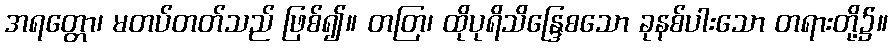
အရတ္တော၊ မတပ်တတ်သည် ဖြစ်၍။ တတြ၊ ထိုပုရိသိန္ဒြေစသော ခုနစ်ပါးသော တရားတို့၌။